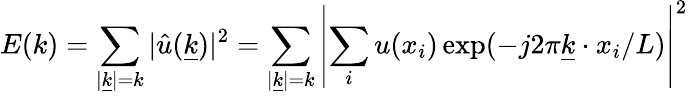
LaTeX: E(k)=\sum_{|\underline{{k}}|=k}|\hat{u}(\underline{{k}})|^{2}=\sum_{|\underline{{k}}|=k}\left|\sum_{i}u(x_{i})\exp(-j2\pi\underline{{k}}\cdot x_{i}/L)\right|^{2}